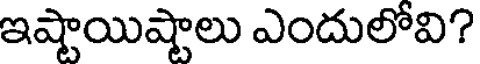
ఇష్టాయిష్టాలు ఎందులోవి?